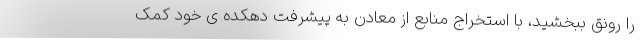
را رونق ببخشید، با استخراج منابع از معادن به پیشرفت دهکده ی خود کمک